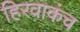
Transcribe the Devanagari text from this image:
हिरवाकंच